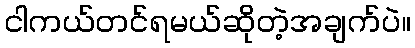
ငါကယ်တင်ရမယ်ဆိုတဲ့အချက်ပဲ။